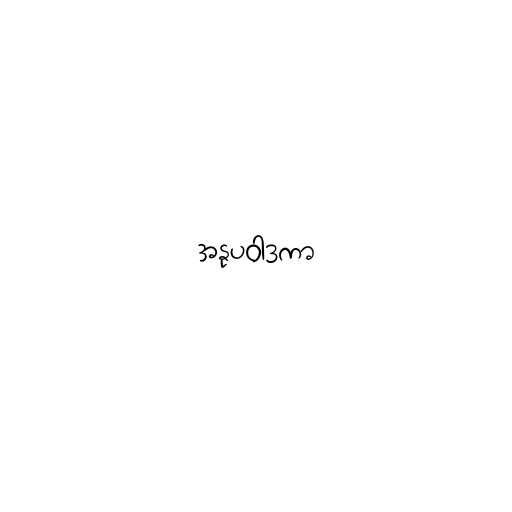
အနုပဝါဒကာ